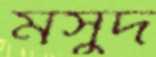
মসুদ